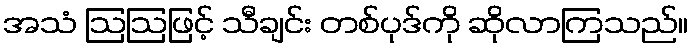
အသံ ဩဩဖြင့် သီချင်း တစ်ပုဒ်ကို ဆိုလာကြသည်။